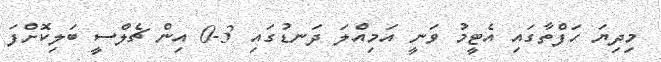
މިދިޔަ ހަފްތާގައި އެޓީމު ވަނީ އަމިއްލަ ދަނޑުގައި 3-0 އިން ޗެލްސީ ބަލިކޮށްފަ